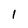
Character: I